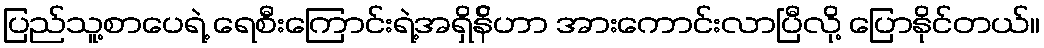
ပြည်သူ့စာပေရဲ့ ရေစီးကြောင်းရဲ့အရှိန်ိဟာ အားကောင်းလာပြီလို့ ပြောနိုင်တယ်။